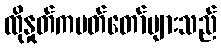
ထိုနှုတ်ကပတ်တော်များသည်